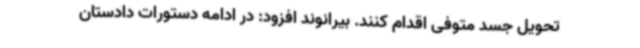
تحویل جسد متوفی اقدام کنند. بیرانوند افزود: در ادامه دستورات دادستان